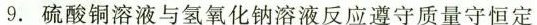
9.硫酸铜溶液与氢氧化钠溶液反应遵守质量守恒定